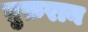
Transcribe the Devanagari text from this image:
ग़ुफ़रान